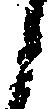
こ